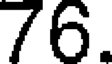
76.